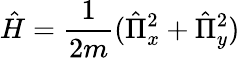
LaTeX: \hat{H}=\frac{1}{2m}(\hat{\Pi}_{x}^{2}+\hat{\Pi}_{y}^{2})